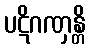
ပဋိဂဏှန္တိ